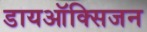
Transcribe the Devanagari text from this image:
डायऑक्सिजन